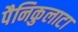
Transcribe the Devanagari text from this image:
पैनिकुलाटा